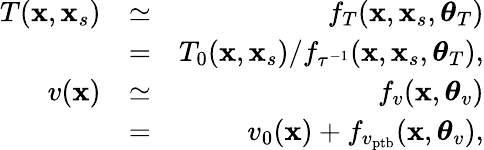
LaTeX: \begin{array}{rlr}{T(\mathbf{x},\mathbf{x}_{s})}&{\simeq}&{f_{T}(\mathbf{x},\mathbf{x}_{s},\boldsymbol{\theta}_{T})}\\ &{=}&{T_{0}(\mathbf{x},\mathbf{x}_{s})/f_{\tau^{-1}}(\mathbf{x},\mathbf{x}_{s},\boldsymbol{\theta}_{T}),}\\ {v(\mathbf{x})}&{\simeq}&{f_{v}(\mathbf{x},\boldsymbol{\theta}_{v})}\\ &{=}&{v_{0}(\mathbf{x})+f_{v_{\mathrm{ptb}}}(\mathbf{x},\boldsymbol{\theta}_{v}),}\end{array}